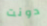
دونت